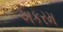
અકરમ